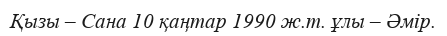
Қызы – Сана 10 қаңтар 1990 ж.т. ұлы – Әмір.